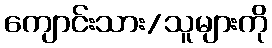
ကျောင်းသား/သူများကို